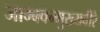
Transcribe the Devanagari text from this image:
जाम्बवन्मुख्यवीरै